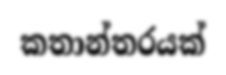
කතාන්තරයක්